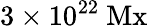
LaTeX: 3\times 10^{22}\ \mathrm{Mx}